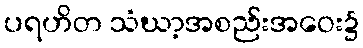
ပရဟိတ သံဃာ့အစည်းအဝေး၌